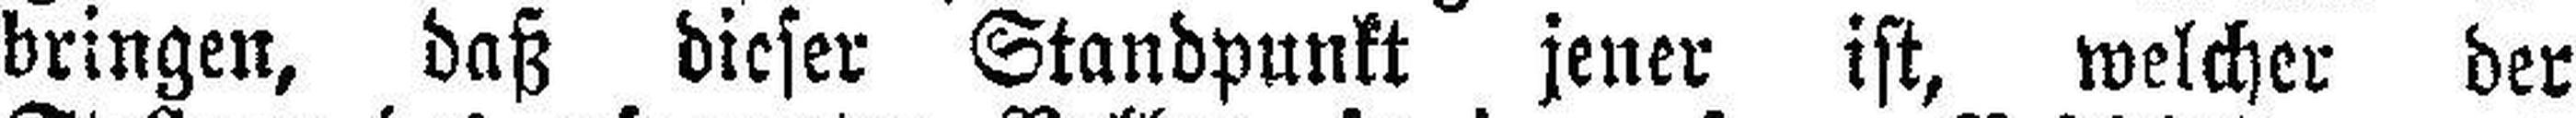
bringen, daß dieser Standpunkt jener ist, welcher der